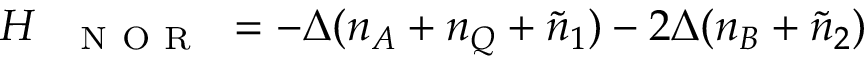
\begin{array} { r } { H _ { \mathrm { ~ \texttt ~ { ~ N ~ O ~ R ~ } ~ } } = - \Delta ( n _ { A } + n _ { Q } + \tilde { n } _ { 1 } ) - 2 \Delta ( n _ { B } + \tilde { n } _ { 2 } ) } \end{array}